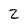
Character: 2